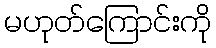
မဟုတ်ကြောင်းကို